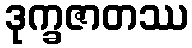
ဒုက္ခဇာတဿ